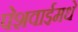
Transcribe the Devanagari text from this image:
पेशवाईमधे